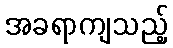
အခရာကျသည့်